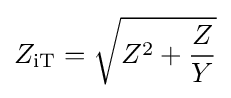
Z_{\mathrm {iT} }={\sqrt {Z^{2}+{\frac {Z}{Y}}}}